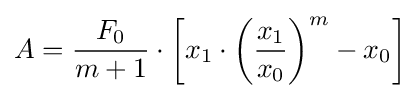
A={\frac {F_{0}}{m+1}}\cdot \left[x_{1}\cdot \left({\frac {x_{1}}{x_{0}}}\right)^{m}-x_{0}\right]